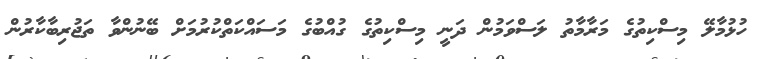
ހުޅުމާލޭ މިސްކިތުގެ މަރާމާތު ލަސްވަމުން ދަނީ މިސްކިތުގެ ގުއްބުގެ މަސައްކަތްކުރުމަށް ބޭނުންވާ ތަޖުރިބާކާރުން